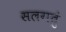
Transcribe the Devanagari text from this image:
सलगतुं